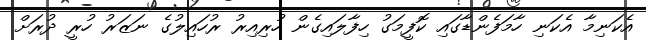
އެކަނިމާ އެކަނި ހާމަފެންޑާގައި ކޮފީމަގު ހިފާލައިގެން ހުރިއިރު ރުހައިލުގެ ނަޒަރު ހުރީ ދުރަށް